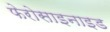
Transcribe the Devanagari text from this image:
फेरोसाइनाइड